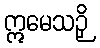
ဣမေသဉှိ